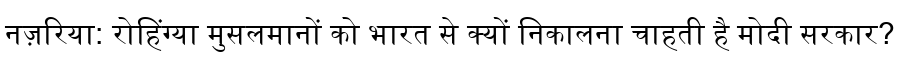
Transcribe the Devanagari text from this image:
नज़रिया: रोहिंग्या मुसलमानों को भारत से क्यों निकालना चाहती है मोदी सरकार?